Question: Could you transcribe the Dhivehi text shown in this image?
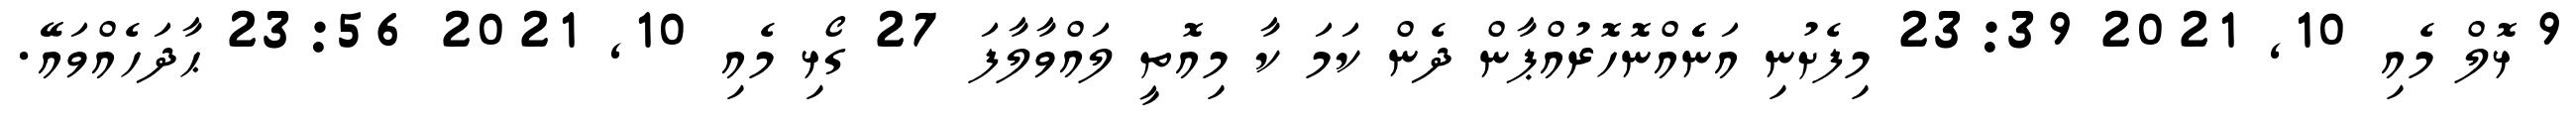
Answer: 9 ޅޮލް މެއި 10, 2021 23:39 މިފެށުނި އަނެެއްނޮހޮރުއްޕާން ދެން ކަމަ ކާ މިއޮތީ ލައްވާލާފަ 27 ގޯޅި މެއި 10, 2021 23:56 ޙާދަހެއްވައޭ.